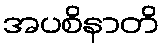
အပစိနာတိ